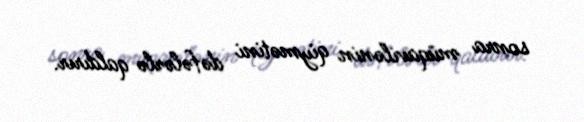
sonra müqavilənin qiymətini dəfələrlə qaldırır.